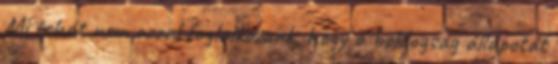
Mi tehát nem azzal foglalkozunk, hogy a boldogság állapotát